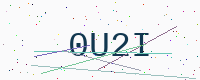
Text: 0U2I